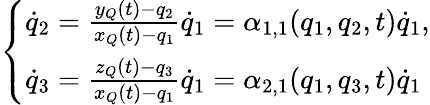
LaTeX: \left\{ \begin{array}{l}{{\dot{q}}_{2}=\frac{y_{Q}(t)-q_{2}}{x_{Q}(t)-q_{1}}{\dot{q}}_{1}=\alpha_{1,1}(q_{1},q_{2},t){\dot{q}}_{1},}\\ {{\dot{q}}_{3}=\frac{z_{Q}(t)-q_{3}}{x_{Q}(t)-q_{1}}{\dot{q}}_{1}=\alpha_{2,1}(q_{1},q_{3},t){\dot{q}}_{1}}\end{array}\right.